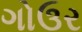
ગોઉર